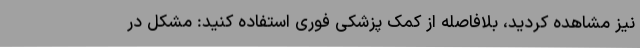
نیز مشاهده کردید، بلافاصله از کمک پزشکی فوری استفاده کنید: مشکل در